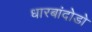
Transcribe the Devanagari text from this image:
धारबांदोडाे